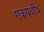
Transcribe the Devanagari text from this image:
एकपथीय